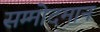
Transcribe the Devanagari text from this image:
सम्मोदमान